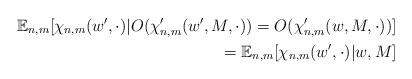
\begin{align*} \mathbb{E}_{n,m} [ \chi_{n,m}(w', \cdot) | O(\chi_{n,m}'(w', M, \cdot)) = O(\chi_{n,m}'(w, M, \cdot))] \\ = \mathbb{E}_{n,m} [ \chi_{n,m}(w', \cdot) | w, M]\end{align*}